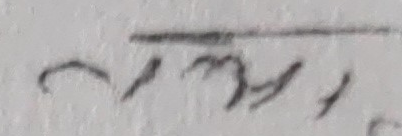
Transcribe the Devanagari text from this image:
रमञ्य